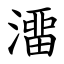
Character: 澑